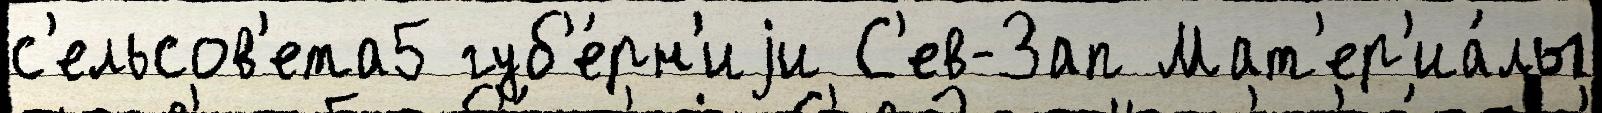
с'ельсов'ета5 губ'е́рн'иjи С'ев-Зап Мат'ер'иа́лы